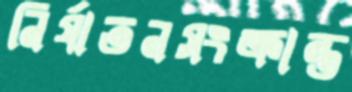
নির্যাতনসংক্রান্ত